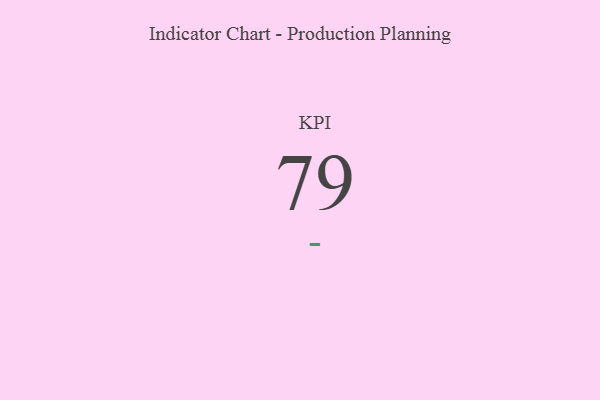
{"axis": {"x": "KPI", "y": "Value"}, "legend": [""], "data": [{"x": "KPI", "y": 79, "type": ""}]}